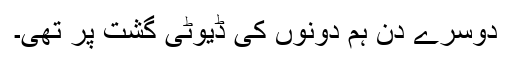
دوسرے دن ہم دونوں کی ڈیوٹی گشت پر تھی۔